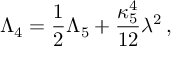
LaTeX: \Lambda _ { 4 } = { \frac { 1 } { 2 } } \Lambda _ { 5 } + { \frac { \kappa _ { 5 } ^ { 4 } } { 1 2 } } \lambda ^ { 2 } \, ,